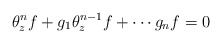
\begin{align*} \theta_z^nf + g_1\theta^{n-1}_zf + \cdots g_nf = 0\end{align*}